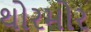
થોરમોર